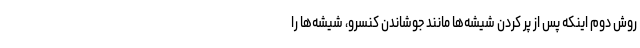
روش دوم اینکه پس از پر کردن شیشه‌ها مانند جوشاندن کنسرو، شیشه‌ها را